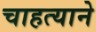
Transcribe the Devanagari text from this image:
चाहत्याने